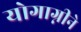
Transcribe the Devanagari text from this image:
योगाग्नीने